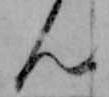
ん